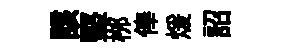
該堅桞俸煖詔